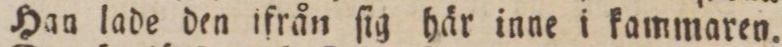
Han lade den ifrån ſig här inne i kammaren.